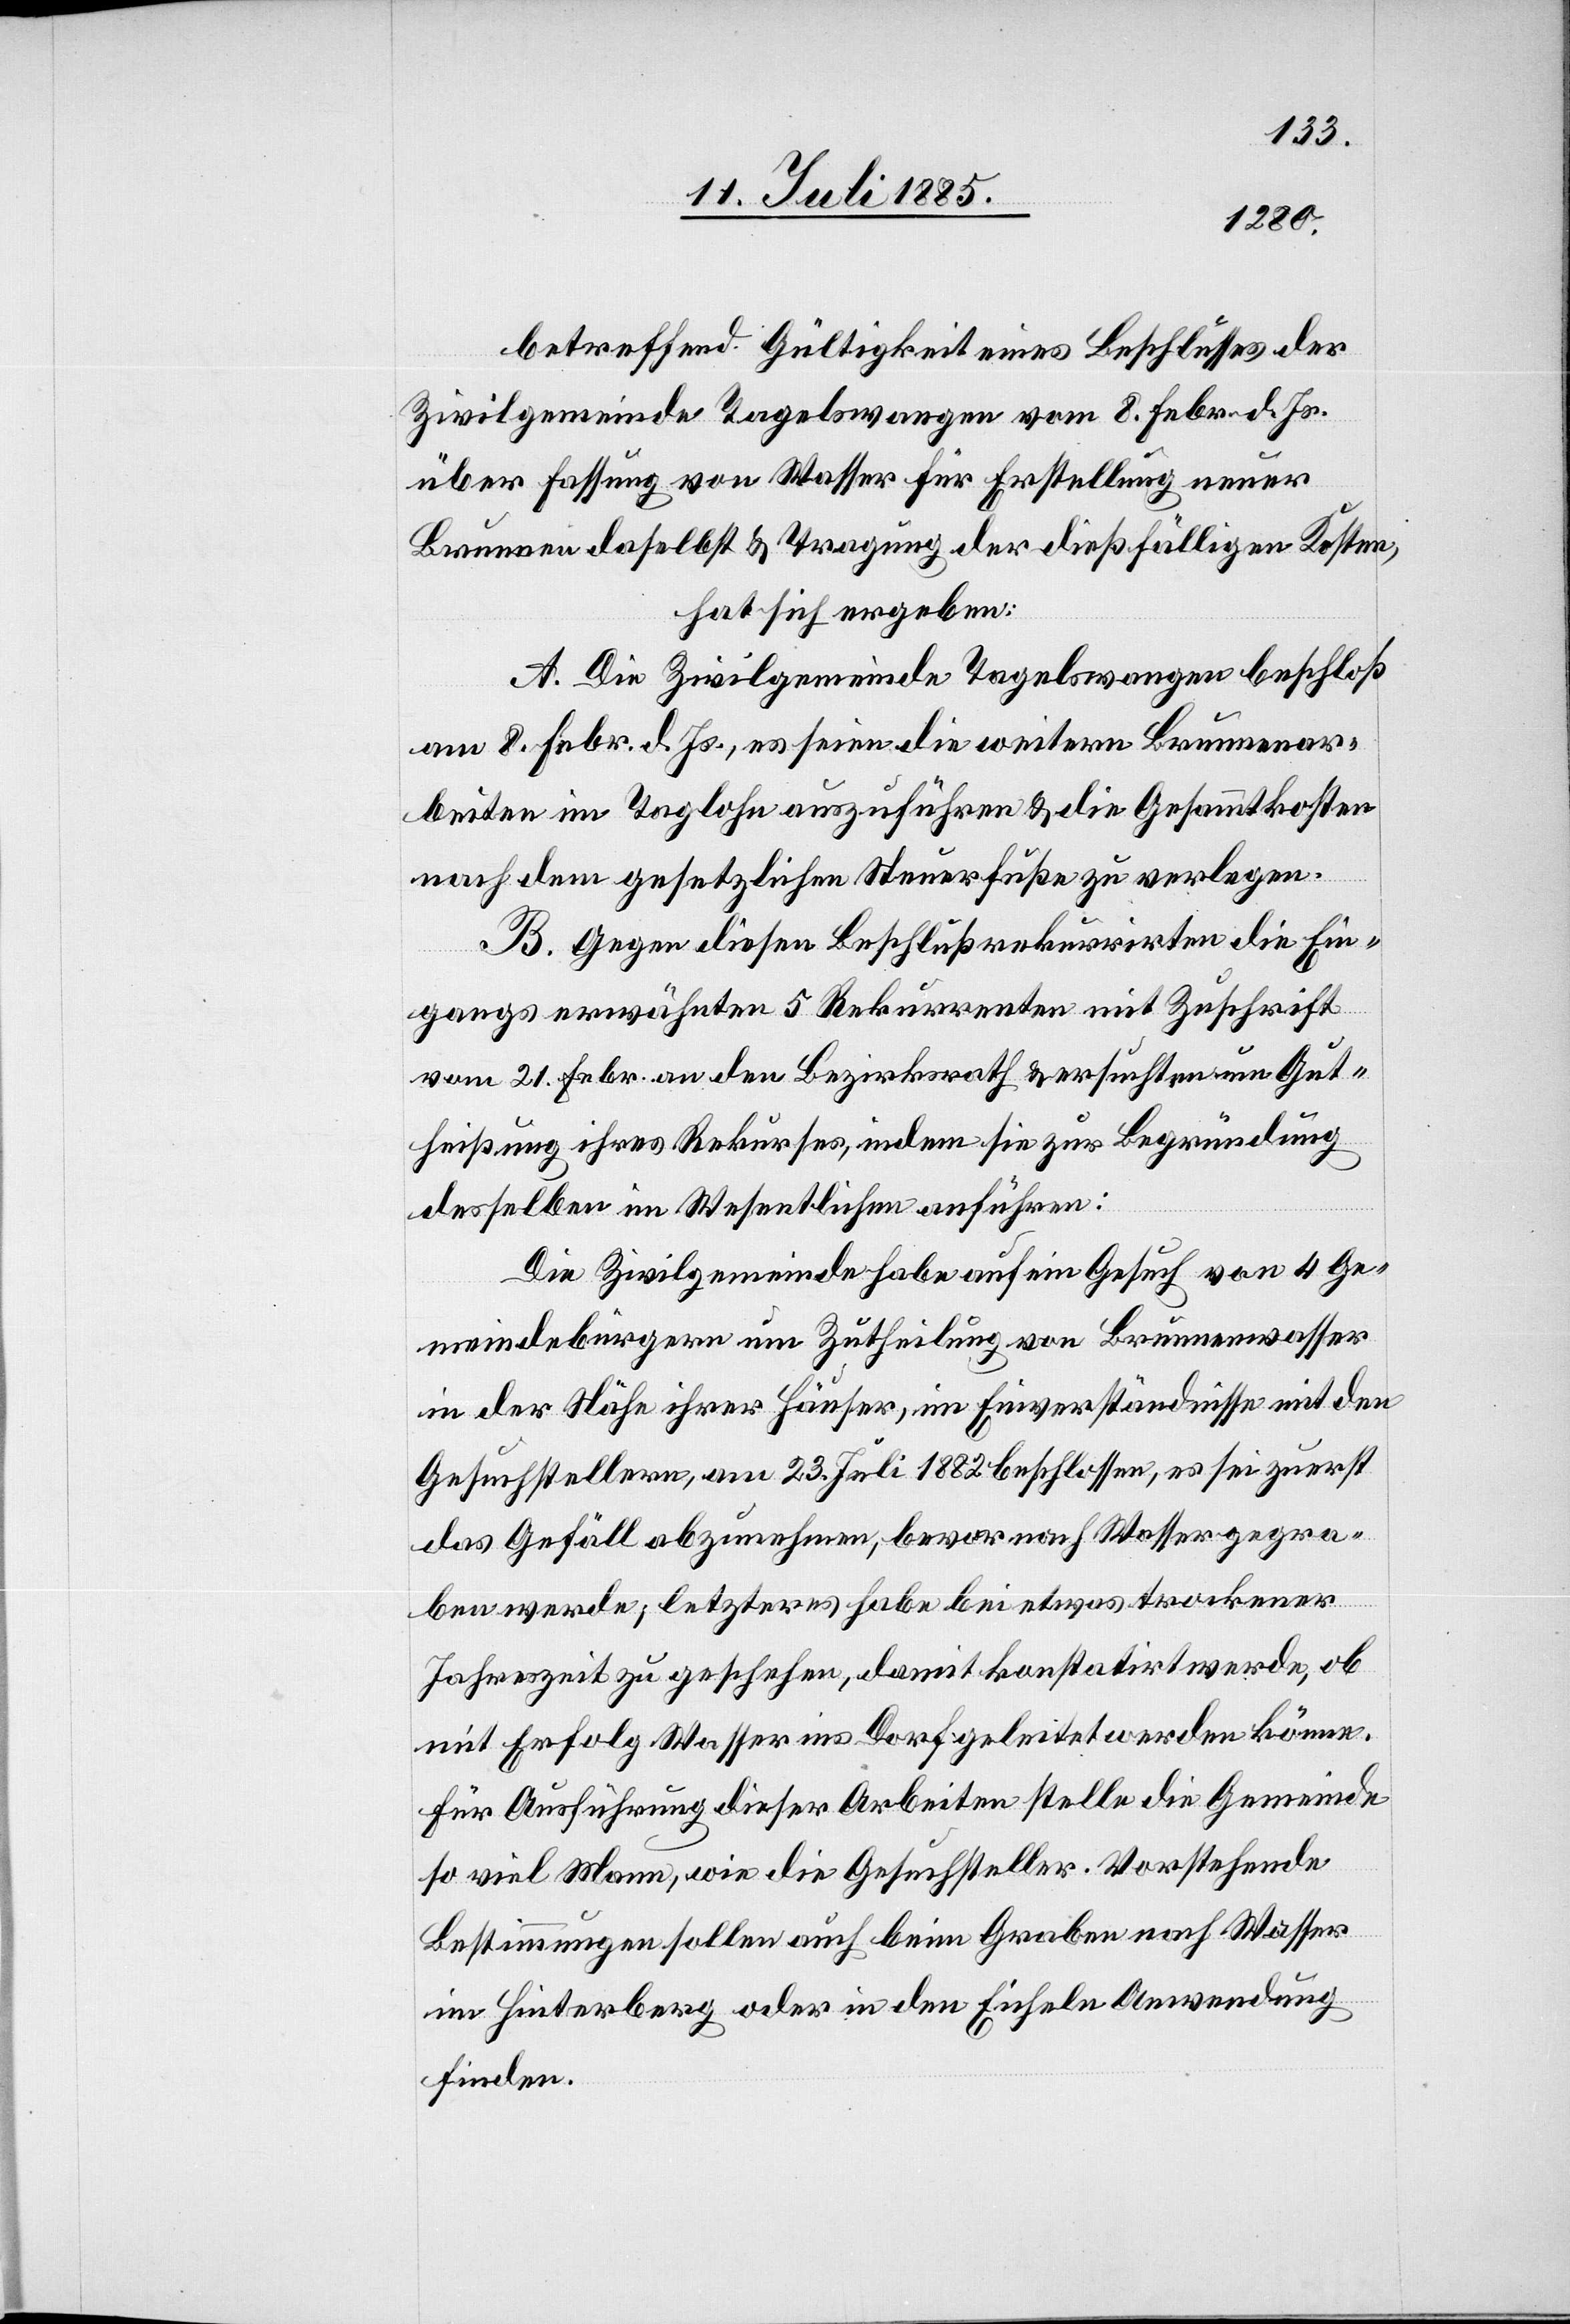
betreffend Gültigkeit eines Beschlusses der
Zivilgemeinde Tagelswangen vom 8. Febr. d. Js.
über Fassung von Wasser für Erstellung neuer
Brunnen daselbst & Tragung der dießfälligen Kosten,
hat sich ergeben:
A. Die Zivilgemeinde Tagelswangen beschloß
am 8. Febr. d. Js., es seien die weitern Brunnenar¬
beiten im Taglohn auszuführen & die Gesammtkosten
nach dem gesetzlichen Steuerfuße zu verlegen.
B. Gegen diesen Beschluß rekurrirten die Ein¬
gangs erwähnten 5 Rekurrenten mit Zuschrift
vom 21. Febr. an den Bezirksrath & ersuchten um Gut¬
heißung ihres Rekurses, indem sie zur Begründung
desselben im Wesentlichen anführen:
Die Zivilgemeinde habe auf ein Gesuch von 4 Ge¬
meindebürgern um Zutheilung von Brunnenwasser
in der Nähe ihrer Häuser, im Einverständnisse mit den
Gesuchstellern, am 23. Juli 1882 beschlossen, es sei zuerst
das Gefäll abzunehmen, bevor nach Wasser gegra¬
ben werde, letzteres habe bei etwas trockener
Jahreszeit zu geschehen, damit konstatirt werde, ob
mit Erfolg Wasser ins Dorf geleitet werden könne.
Für Ausführung dieser Arbeiten stelle die Gemeinde
so viel Mann, wie die Gesuchsteller. Vorstehende
Bestimmungen sollen auch beim Graben nach Wasser
im Hinterberg oder in den Eicheln Anwendung
finden.